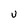
Character: U